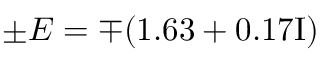
\pm E = \mp ( 1 . 6 3 + 0 . 1 7 \mathrm { { I } ) }